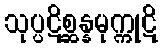
သုပ္ပဋိစ္ဆန္နမုက္ကုဋိ